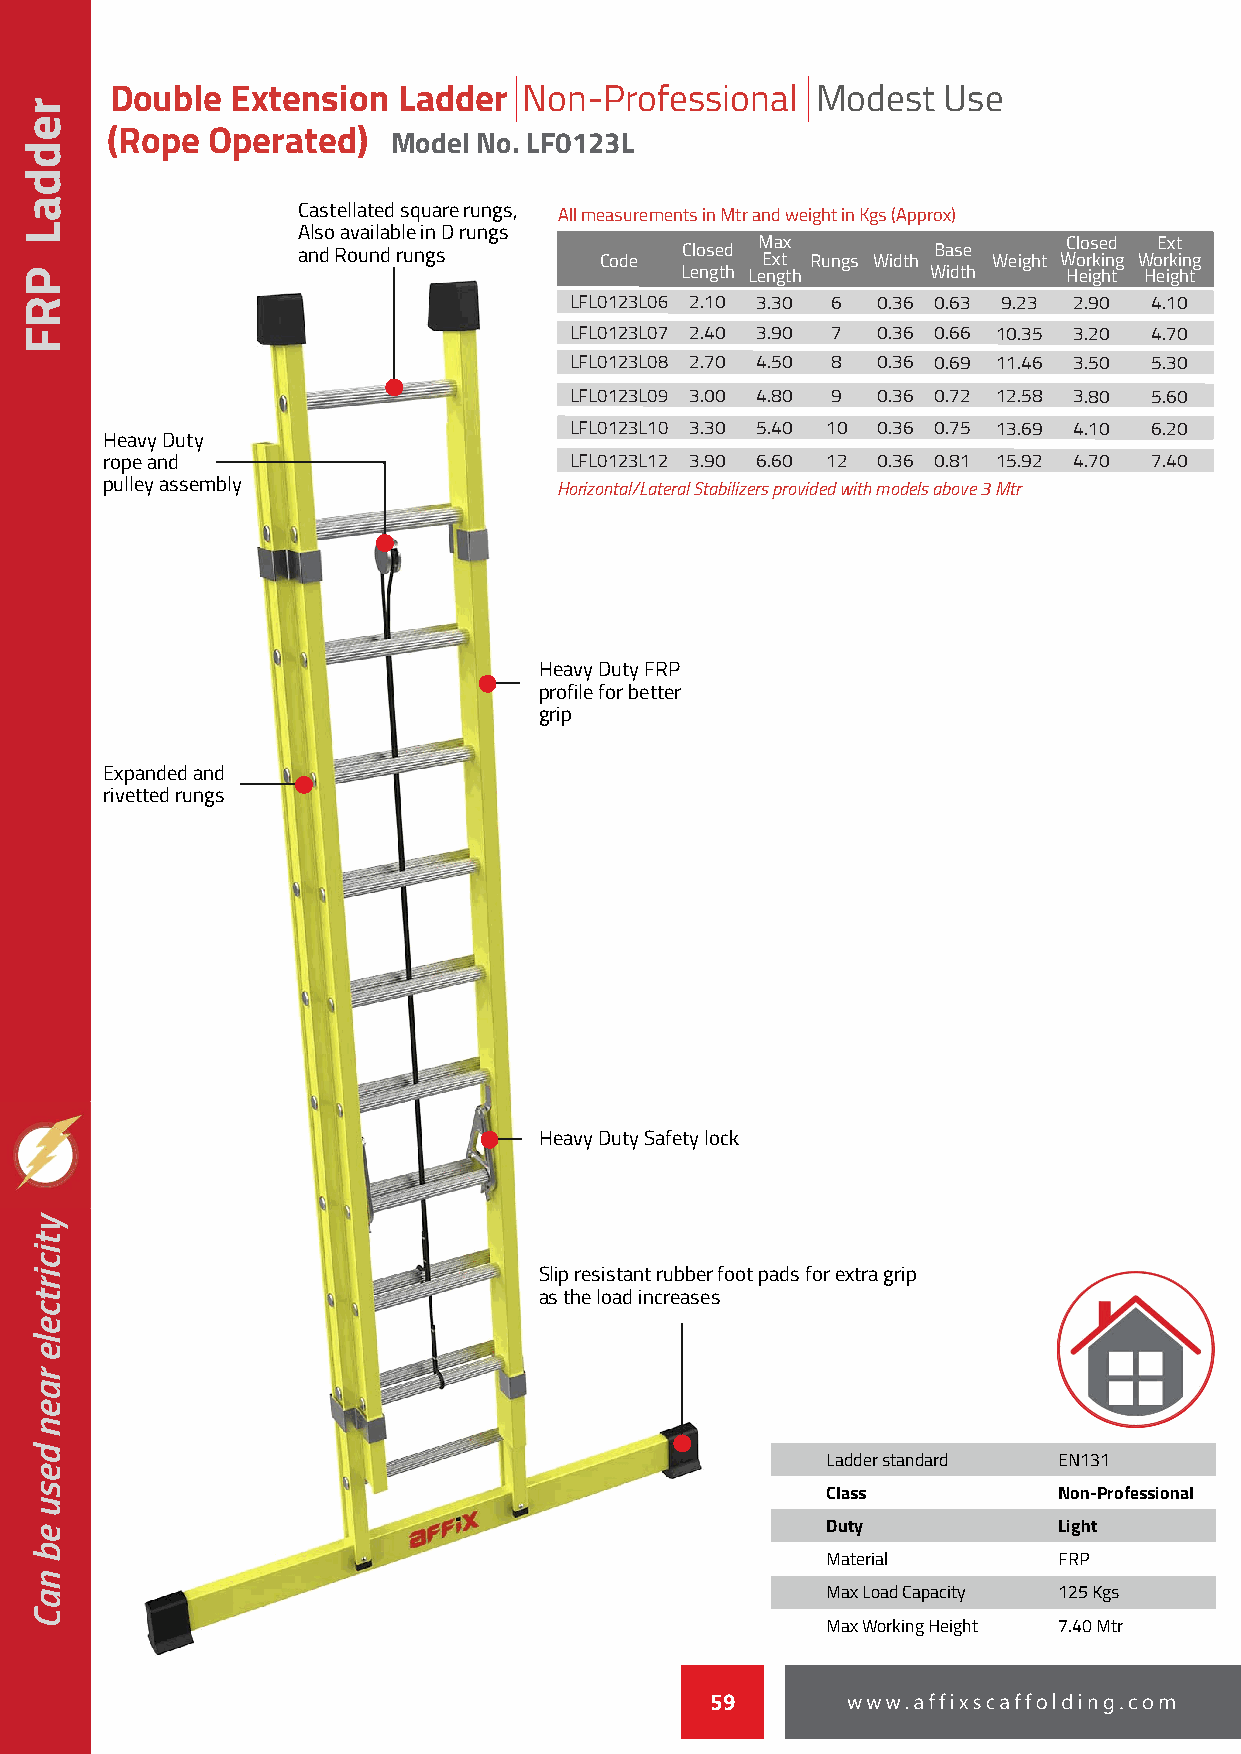
Double  Extension  Ladder   Non-Professional   Modest  Use
 (Rope  Operated)   Model No. LF0123L
 Castellated square rungs, All measurements in Mtr and weight in Kgs (Approx)
 Also available in D rungs
 Max                  Closed Ext
 and Round rungs     Code Closed Ext Rungs Width Base Weight Working Working
 Length Length    Width    Height Height
 LFL0123L06 2.10 3.30 6 0.36 0.63 9.23 2.90 4.10
 LFL0123L07 2.40 3.90 7 0.36 0.66 10.35 3.20 4.70
 LFL0123L08 2.70 4.50 8 0.36 0.69 11.46 3.50 5.30
 LFL0123L09 3.00 4.80 9 0.36 0.72 12.58 3.80 5.60
 LFL0123L10 3.30 5.40 10 0.36 0.75 13.69 4.10 6.20
 Heavy Duty
 rope and                       LFL0123L12 3.90 6.60 12 0.36 0.81 15.92 4.70 7.40
 pulley assembly               Horizontal/Lateral Stabilizers provided with models above 3 Mtr
 Heavy Duty FRP
 profile for better
 grip
 Expanded and
 rivetted rungs
 Heavy Duty Safety lock
 Slip resistant rubber foot pads for extra grip
 as the load increases
 Ladder standard EN131
 Class          Non-Professional
 Duty           Light
 Material       FRP
 Max Load Capacity 125 Kgs
 Max Working Height 7.40 Mtr
 59
 reddaL
 PRF
 yticirtcele
 raen
 desu
 eb
 naC